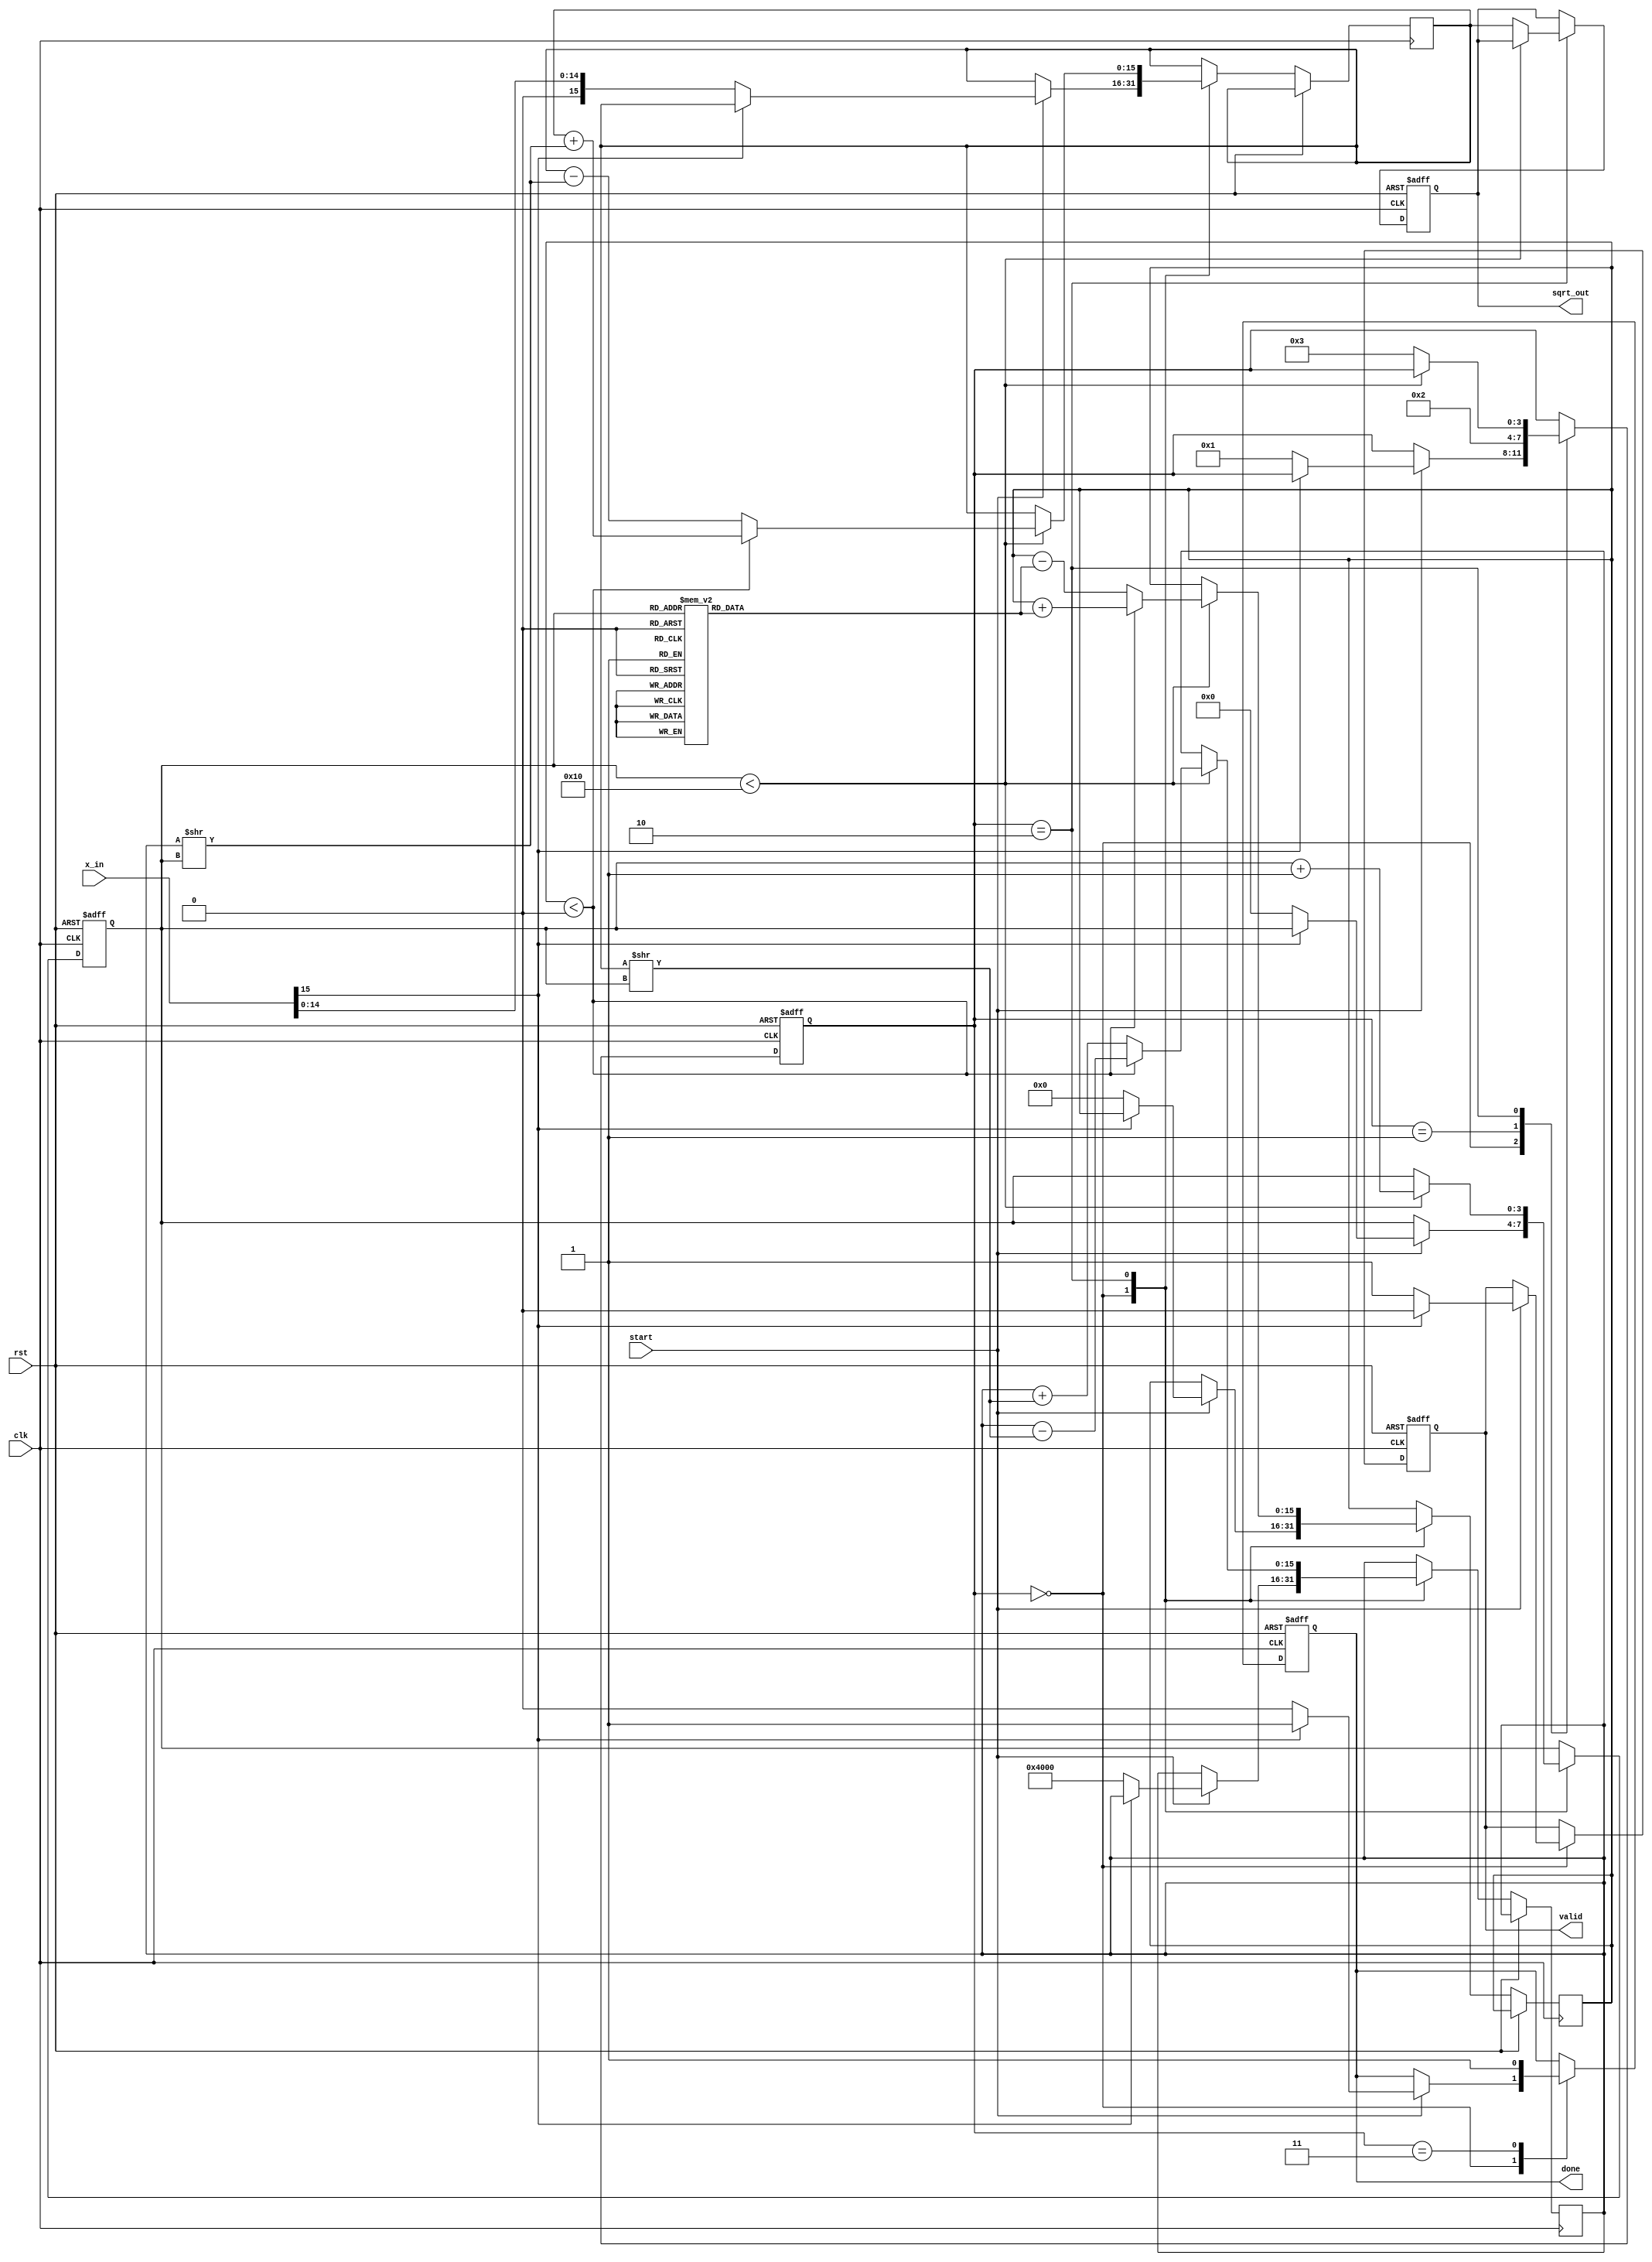
module cordic_sqrt (
    input wire clk,
    input wire rst,
    input wire start,
    input wire [15:0] x_in, // Input value for which we want to calculate the square root
    output reg [15:0] sqrt_out,
    output reg done,
    output reg valid
);

    // CORDIC parameters
    localparam ITERATIONS = 16; // Number of iterations for improved precision
    localparam INIT_SCALE = 16'd16384; // Initial scaling factor (2^14)
    reg [15:0] x, y, z; // (x, y) coordinates and z (angle) values
    reg [3:0] state; // FSM state
    reg [3:0] iter; // Loop counter
    reg [15:0] angle [0:ITERATIONS-1]; // Predefined angles for CORDIC

    // FSM states
    localparam IDLE = 4'd0, INIT = 4'd1, ITERATE = 4'd2, DONE = 4'd3;

    // Initialize the angles for square root
    initial begin
        // Angles would be pre-calculated based on the CORDIC algorithm
        // This is just an example; the actual angles need to be computed accurately
        angle[0] = 16'h3C90; // atan(0.5^1)
        angle[1] = 16'h3C30; // atan(0.5^2)
        angle[2] = 16'h3BC4; // atan(0.5^3)
        angle[3] = 16'h3B90; // atan(0.5^4)
        angle[4] = 16'h3B40; // atan(0.5^5)
        // (Continue initializing angles up to ITERATIONS-1)
    end

    // Main process
    always @(posedge clk or posedge rst) begin
        if (rst) begin
            // Reset state
            state <= IDLE;
            iter <= 0;
            sqrt_out <= 0;
            done <= 0;
            valid <= 0;
        end else begin
            case (state)
                IDLE: begin
                    if (start) begin
                        if (x_in[15]) begin // Check for negative input
                            valid <= 0; // Set invalid flag
                            done <= 1; // Indicate completion
                        end else begin
                            x <= x_in; // Initialize x
                            y <= INIT_SCALE; // Example initial y value (fixed-point representation here)
                            z <= 16'd0; // Initial z (rotation angle)
                            iter <= 0; // Reset iteration counter
                            state <= INIT;
                            valid <= 1; // Set valid flag
                            done <= 0;
                        end
                    end
                end

                INIT: begin
                    // Prepare for the iteration phase
                    state <= ITERATE;
                end

                ITERATE: begin
                    if (iter < ITERATIONS) begin
                        // CORDIC iterative calculations
                        if (z < 16'd0) begin
                            x <= x + (y >> iter);
                            y <= y - (x >> iter);
                            z <= z + angle[iter];
                        end else begin
                            x <= x - (y >> iter);
                            y <= y + (x >> iter);
                            z <= z - angle[iter];
                        end
                        iter <= iter + 1; // Increment the iteration counter
                    end else begin
                        // Final scaling compensation
                        sqrt_out <= x; // Output the final approximation
                        state <= DONE;
                    end
                end

                DONE: begin
                    done <= 1; // Indicate completion of calculation
                end
            endcase
        end
    end
endmodule